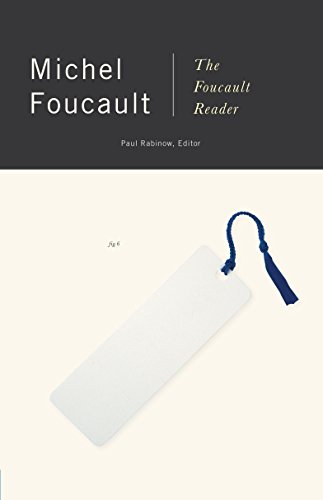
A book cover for The Foucault Reader; Michel Foucault; Politics & Social Sciences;